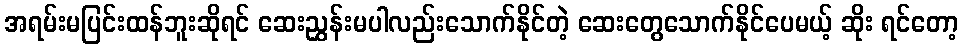
အရမ်းမပြင်းထန်ဘူးဆိုရင် ဆေးညွှန်းမပါလည်းသောက်နိုင်တဲ့ ဆေးတွေသောက်နိုင်ပေမယ့် ဆိုး ရင်တော့